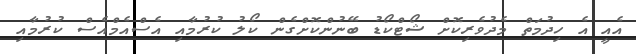
އެއީ އެ ހިދުމަތް މެދުވެރިކޮށް ޝޯޓްކޯޑު ބޭނުންކޮށްގެން ކޯލު ކުރުމާއި އެސްއެމްއެސް ކުރުމާއި